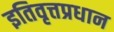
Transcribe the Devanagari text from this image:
इतिवृत्तप्रधान